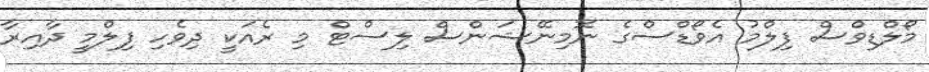
މޯލްޑިވްސް ފިލްމު އެވޯޑްސްގެ ނޮމިނޭޝަންސް ލިސްޓް މި ރެއަކީ ދިވެހި ފިލްމީ ދާއިރާ